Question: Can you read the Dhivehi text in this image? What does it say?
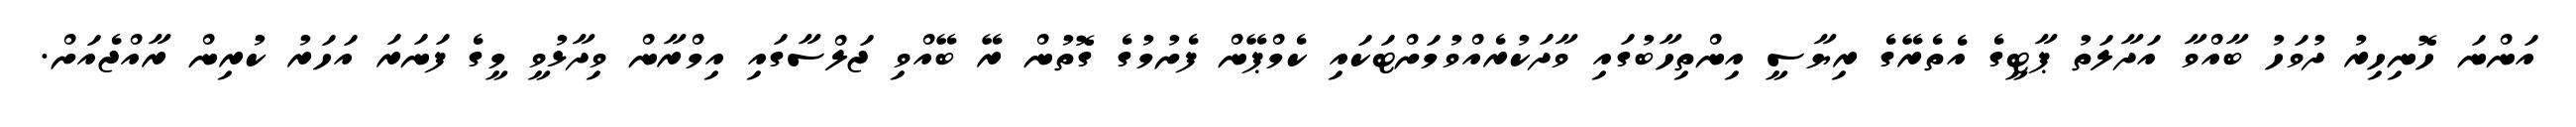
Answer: އަންނަ ހޮނިހިރު ދުވަހު ބާއްވާ އަދާލަތު ޕާޓީގެ އެތެރޭގެ ރިޔާސީ އިންތިހާބުގައި ވާދަކުރެއްވުމަށްޓަކައި ކެމްޕޭން ފެށުމުގެ ގޮތުން ރޭ ބޭއްވި ޖަލްސާގައި އިމްރާން ވިދާޅުވީ މީގެ ފަނަރަ އަހަރު ކުރިން ރާއްޖެއަށް.